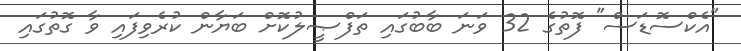
"އެކްސޮޑަސް" ފޮތުގެ 32 ވަނަ ބާބުގައި ތަފްޞީލުކޮށް ބަޔާން ކުރެވިފައި ވާ ގޮތުގައި